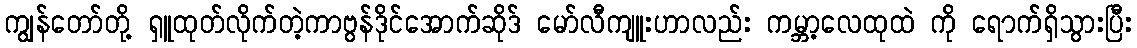
ကျွန်တော်တို့ ရှူထုတ်လိုက်တဲ့ကာဗွန်ဒိုင်အောက်ဆိုဒ် မော်လီကျူးဟာလည်း ကမ္ဘာ့လေထုထဲ ကို ရောက်ရှိသွားပြီး